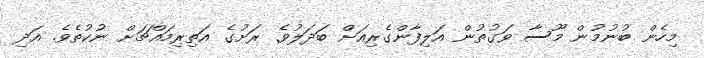
މިހެން ބުނުމުން މޫސާ ވަގުތުން އަލިފާންގެރިއަށް ބަދަލުވެ